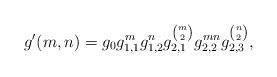
LaTeX: \begin{align*} g'(m,n)=g_{0}g_{1,1}^{m}g_{1,2}^{n}g_{2,1}^{\binom{m}{2}}g_{2,2}^{mn}g_{2,3}^{\binom{n}{2}}, \end{align*}